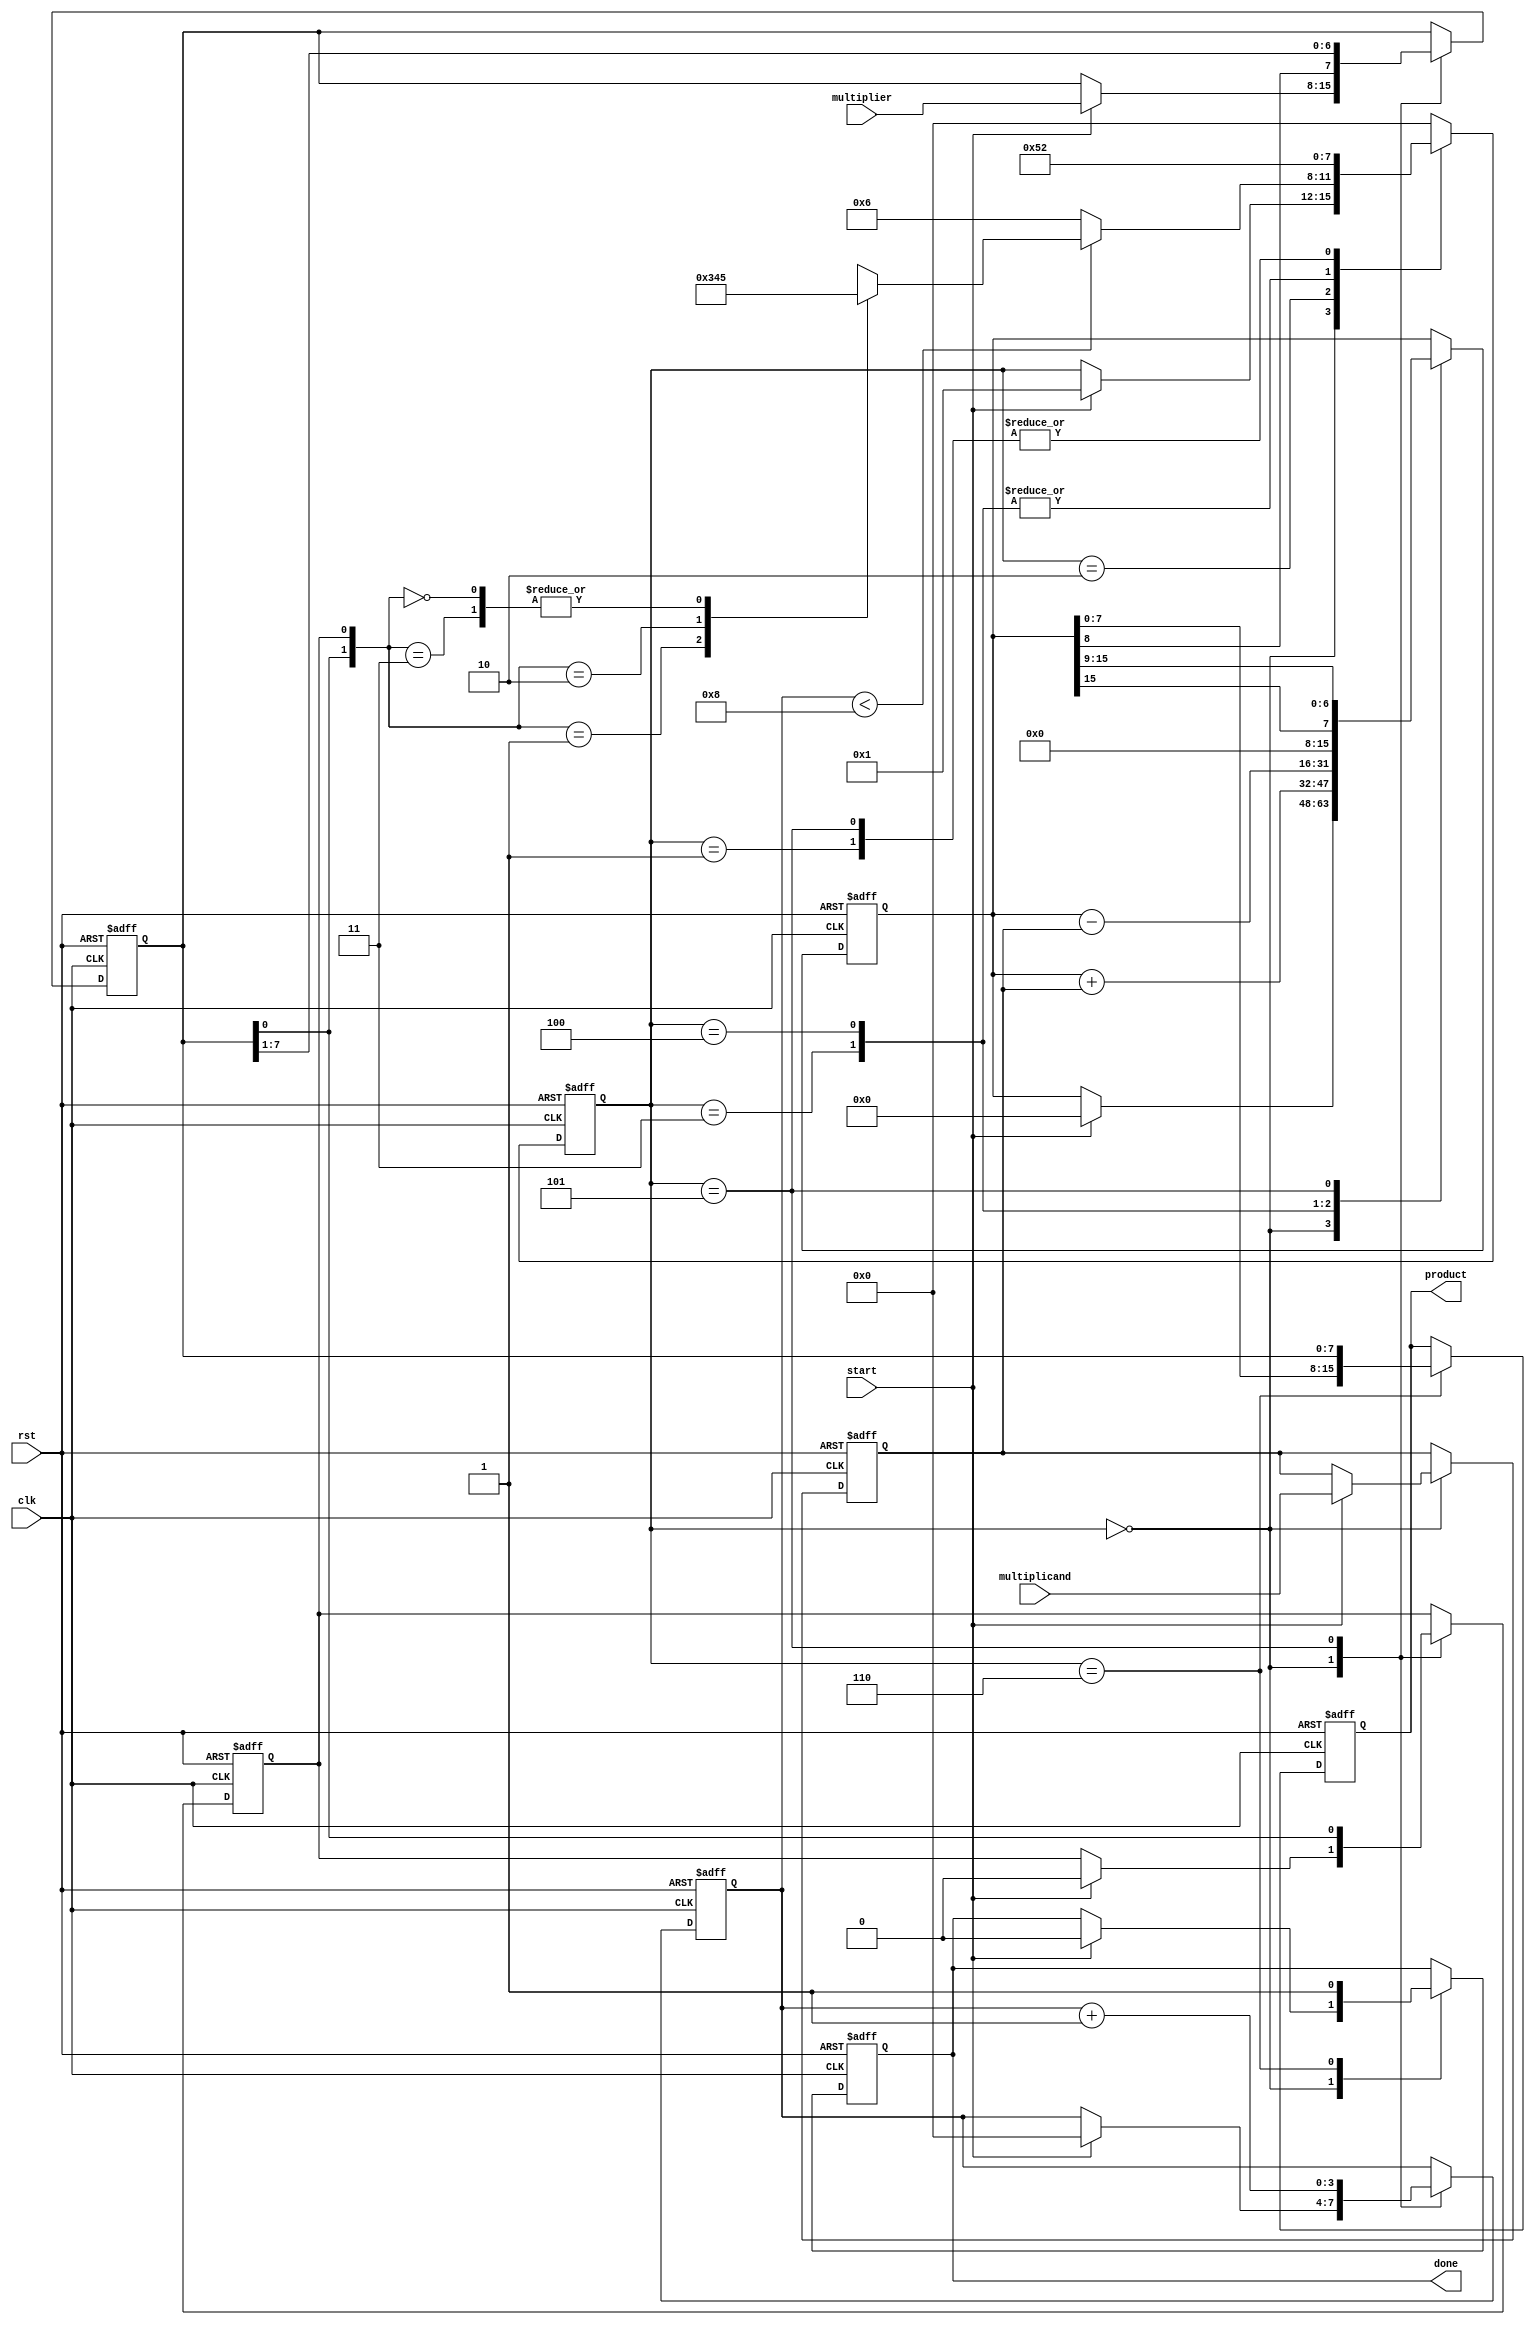
module booth_multiplier #(
    parameter N = 8 // Width of the multiplicand and multiplier
) (
    input wire clk,
    input wire rst,
    input wire start,
    input wire signed [N-1:0] multiplicand, // M
    input wire signed [N-1:0] multiplier,    // Q
    output reg signed [2*N-1:0] product,     // A + Q (result)
    output reg done // Signal to indicate completion
);

    // Registers
    reg signed [N-1:0] M;       // Multiplicand
    reg signed [N-1:0] Q;       // Multiplier
    reg signed [2*N-1:0] A;     // Accumulator
    reg Q_1;                    // Previous LSB of Q
    reg [3:0] state;            // FSM state
    reg [3:0] count;            // Iteration counter

    // State definitions
    localparam IDLE = 4'd0,
               LOAD = 4'd1,
               CHECK = 4'd2,
               ADD = 4'd3,
               SUBTRACT = 4'd4,
               SHIFT = 4'd5,
               DONE = 4'd6;

    always @(posedge clk or posedge rst) begin
        if (rst) begin
            // Reset all registers and outputs
            M <= 0;
            Q <= 0;
            A <= 0;
            Q_1 <= 0;
            product <= 0;
            done <= 0;
            state <= IDLE;
            count <= 0;
        end else begin
            case(state)
                IDLE: begin
                    if (start) begin
                        // Load inputs and initialize registers
                        M <= multiplicand;
                        Q <= multiplier;
                        A <= 0;
                        Q_1 <= 0;
                        count <= 0;
                        state <= LOAD;
                        done <= 0;
                    end
                end

                LOAD: begin
                    // Proceed to check the bits of Q
                    state <= CHECK;
                end

                CHECK: begin
                    if (count < N) begin
                        // Check the last bit of Q and Q-1
                        case({Q[0], Q_1})
                            2'b01: state <= ADD;         // Q[0]=1, Q-1=0: Add
                            2'b10: state <= SUBTRACT;    // Q[0]=0, Q-1=1: Subtract
                            2'b00, 2'b11: state <= SHIFT; // No operation
                        endcase
                    end else begin
                        // All iterations complete
                        state <= DONE;
                    end
                end

                ADD: begin
                    // Add M to A
                    A <= A + M;
                    state <= SHIFT;
                end

                SUBTRACT: begin
                    // Subtract M from A
                    A <= A - M;
                    state <= SHIFT;
                end

                SHIFT: begin
                    // Shift right A and Q together, preserving sign
                    {A, Q} <= {A[2*N-1], A[2*N-1:N], Q[N-1:1]};
                    Q_1 <= Q[0]; // Update Q-1 with previous Q[0]
                    count <= count + 1; // Increment the iteration counter
                    state <= CHECK; // Go back to check state
                end

                DONE: begin
                    // Output the final product
                    product <= {A, Q};
                    done <= 1; // Set done signal
                    state <= IDLE; // Go back to IDLE state
                end

                default: state <= IDLE; // Default to IDLE on unexpected states
            endcase
        end
    end
endmodule